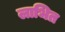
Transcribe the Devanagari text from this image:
लाभित